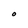
Character: O